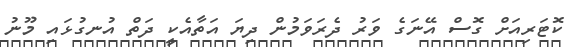
ކޮޓަރިއަށް ގޮސް އޭނަގެ ވަރު ދެރަވަމުން ދިޔަ އަތާއެކީ ދަތް އުނގުޅައި މޫނު